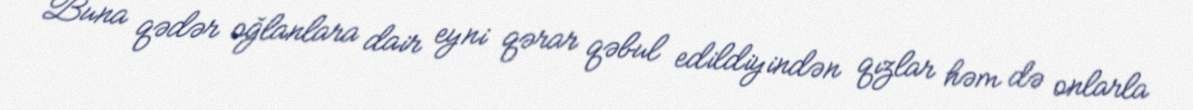
Buna qədər oğlanlara dair eyni qərar qəbul edildiyindən qızlar həm də onlarla